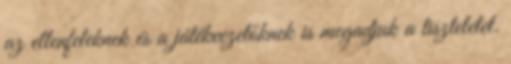
az ellenfeleknek és a játékvezetőknek is megadjuk a tiszteletet.